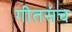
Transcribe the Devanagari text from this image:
गीतसंच